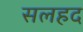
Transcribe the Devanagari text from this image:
सलहद